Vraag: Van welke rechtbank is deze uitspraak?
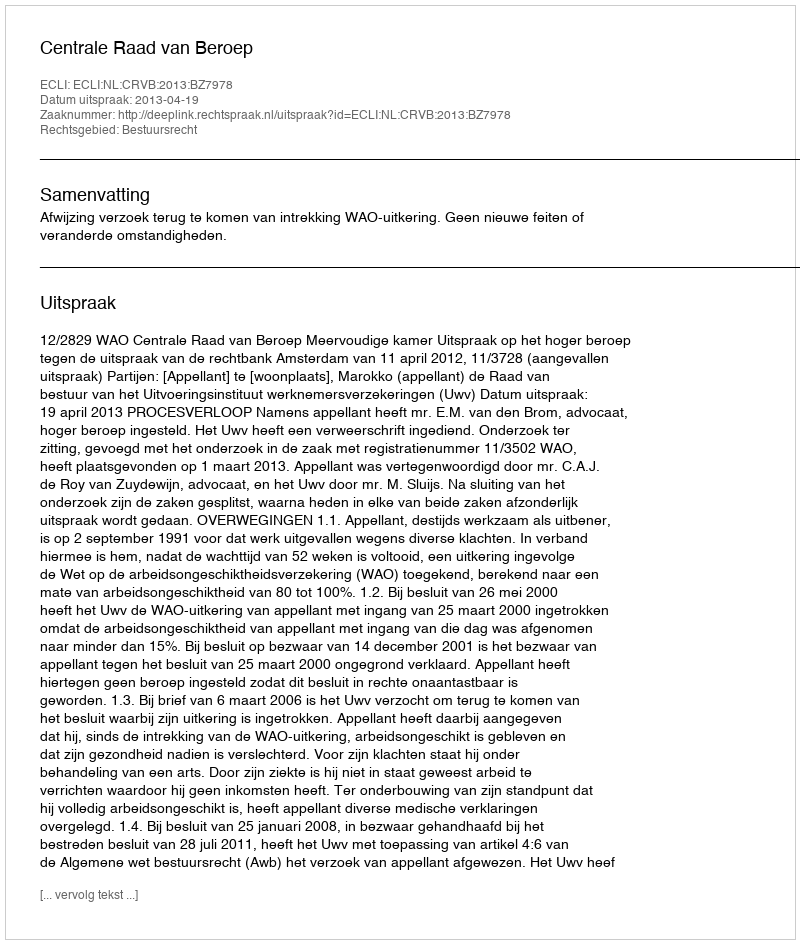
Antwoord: Centrale Raad van Beroep